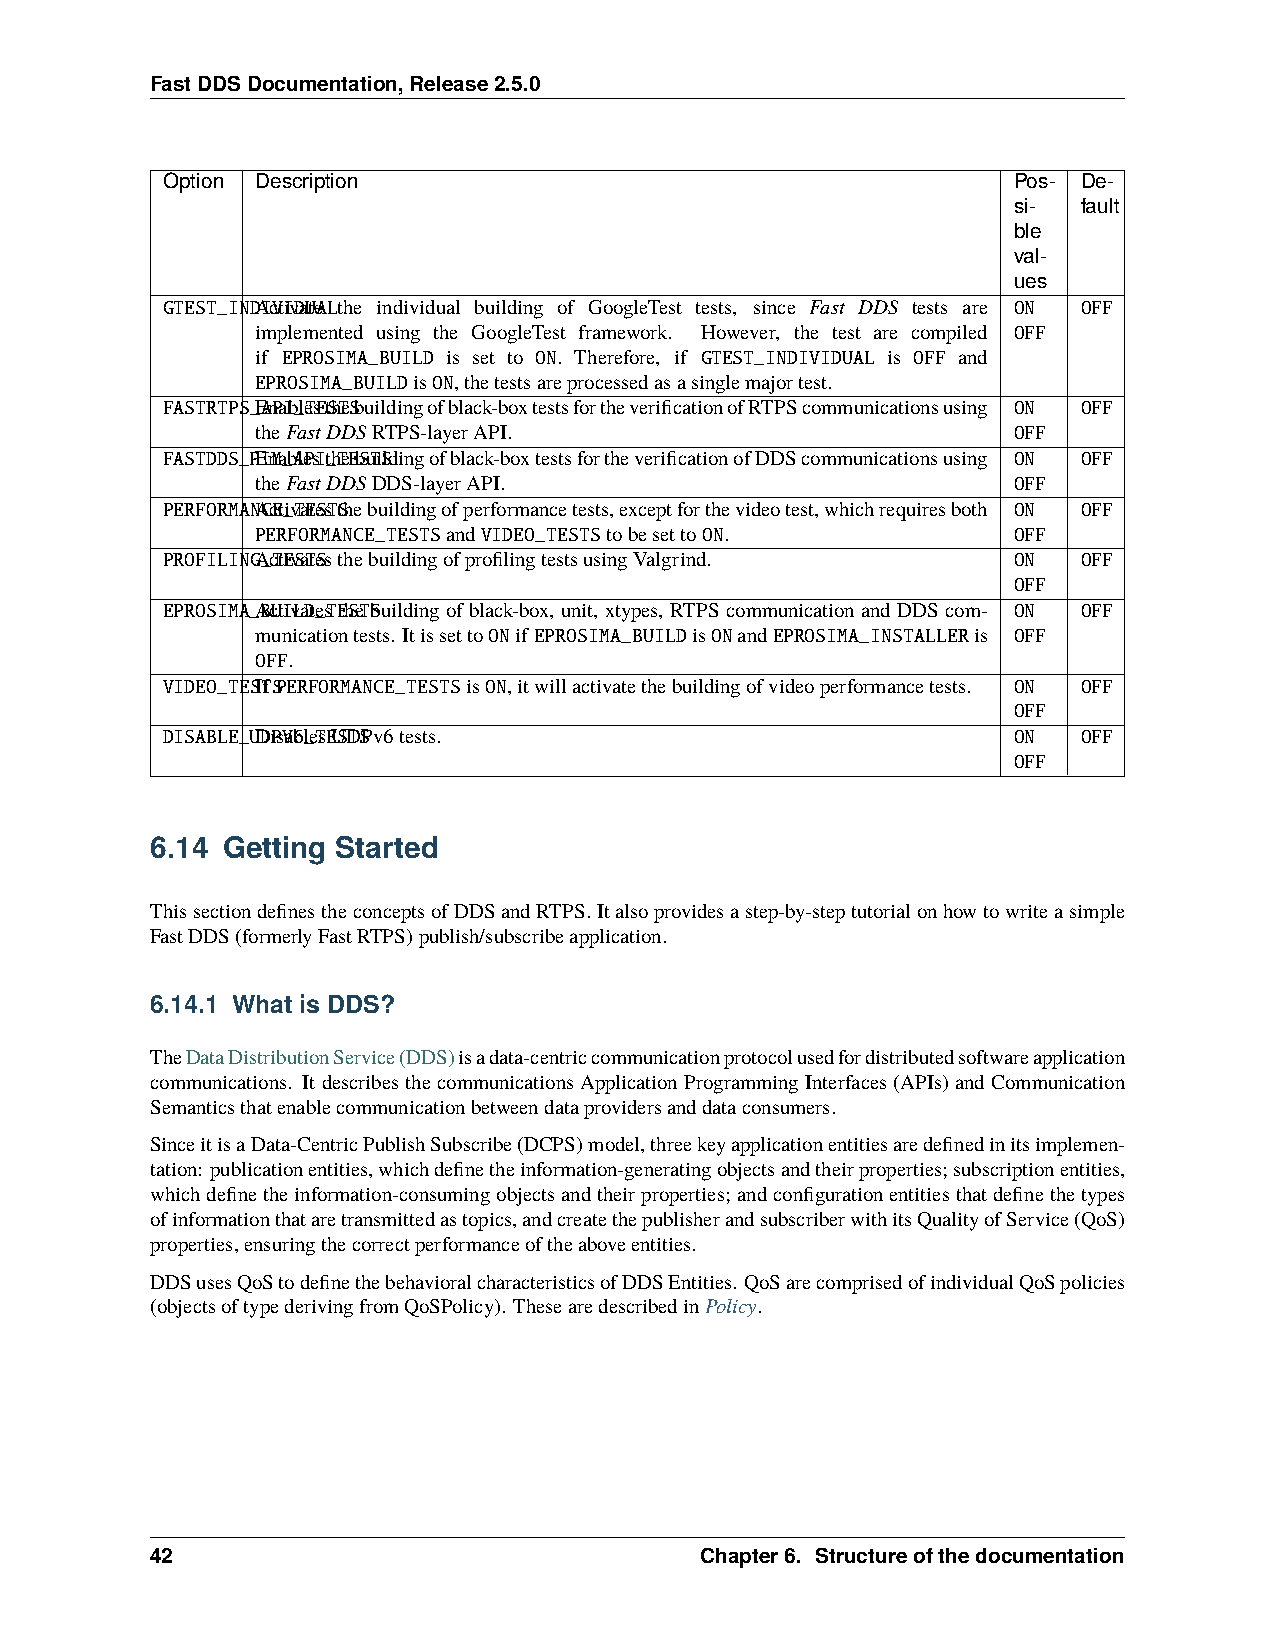
FastDDSDocumentation,Release2.5.0
 Option Description                                      Pos- De-
 si-  fault
 ble
 val-
 ues
 GTEST_INDAIcVtIivDaUteALthe individual building of GoogleTest tests, since Fast DDS tests are ON OFF
 implemented using the GoogleTest framework. However, the test are compiled OFF
 if EPROSIMA_BUILD is set to ON. Therefore, if GTEST_INDIVIDUAL is OFF and
 EPROSIMA_BUILDisON,thetestsareprocessedasasinglemajortest.
 FASTRTPS_EAnPaIb_leTsEtShTeSbuildingofblack-boxtestsfortheverificationofRTPScommunicationsusing ON OFF
 theFastDDSRTPS-layerAPI.                          OFF
 FASTDDS_PEInMa_bAlePsIt_hTeEbSuTiSldingofblack-boxtestsfortheverificationofDDScommunicationsusing ON OFF
 theFastDDSDDS-layerAPI.                           OFF
 PERFORMANACcEt_ivTaEteSsTtShebuildingofperformancetests,exceptforthevideotest,whichrequiresboth ON OFF
 PERFORMANCE_TESTSandVIDEO_TESTStobesettoON.       OFF
 PROFILINGA_cTtEivSaTteSsthebuildingofprofilingtestsusingValgrind. ON OFF
 OFF
 EPROSIMA_ABcUtIivLaDte_sTEthSeTbSuildingofblack-box, unit, xtypes, RTPScommunicationandDDScom- ON OFF
 municationtests. ItissettoONif EPROSIMA_BUILDisONandEPROSIMA_INSTALLERis OFF
 OFF.
 VIDEO_TESITfSPERFORMANCE_TESTSisON,itwillactivatethebuildingofvideoperformancetests. ON OFF
 OFF
 DISABLE_UDDiPsVab6l_eTsEUSDTSPv6tests.                  ON   OFF
 OFF
 6.14 Getting Started
 ThissectiondefinestheconceptsofDDSandRTPS.Italsoprovidesastep-by-steptutorialonhowtowriteasimple
 FastDDS(formerlyFastRTPS)publish/subscribeapplication.
 6.14.1 What is DDS?
 TheDataDistributionService(DDS)isadata-centriccommunicationprotocolusedfordistributedsoftwareapplication
 communications. It describesthe communications Application Programming Interfaces (APIs) and Communication
 Semanticsthatenablecommunicationbetweendataprovidersanddataconsumers.
 SinceitisaData-CentricPublishSubscribe(DCPS)model,threekeyapplicationentitiesaredefinedinitsimplemen-
 tation: publicationentities,whichdefinetheinformation-generatingobjectsandtheirproperties;subscriptionentities,
 whichdefinetheinformation-consumingobjectsandtheirproperties; andconfigurationentitiesthatdefinethetypes
 ofinformationthataretransmittedastopics,andcreatethepublisherandsubscriberwithitsQualityofService(QoS)
 properties,ensuringthecorrectperformanceoftheaboveentities.
 DDSusesQoStodefinethebehavioralcharacteristicsofDDSEntities. QoSarecomprisedofindividualQoSpolicies
 (objectsoftypederivingfromQoSPolicy). ThesearedescribedinPolicy.
 42                                  Chapter6. Structureofthedocumentation